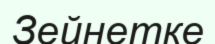
Зейнетке